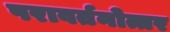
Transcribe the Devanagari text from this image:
परावर्तनोत्तर